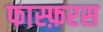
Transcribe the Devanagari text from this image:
फास्फ़रस